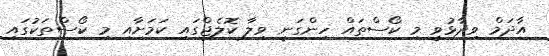
އާދަމް ވިދާޅުވީ މި ކޯސްތައް ހިންގަނީ ވިލާ ކޮލެޖްގައި ކަމަށާއި މި ކޯސްތަކުގައި